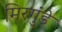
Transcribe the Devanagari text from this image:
मिरगुंडे